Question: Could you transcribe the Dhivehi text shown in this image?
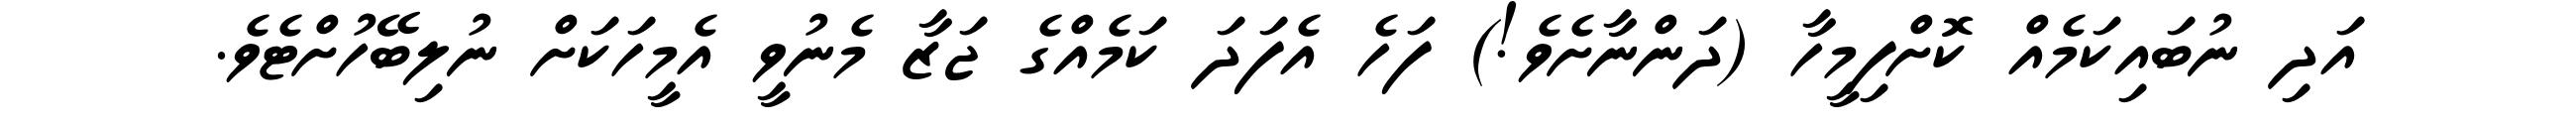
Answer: އަދި ނުބައިކަމެއް ކޮށްފިމީހާ (ދަންނާށެވެ!) ފަހެ އެފަދަ ކަމެއްގެ ޖަޒާ މެނުވީ އެމީހަކަށް ނުލިބޭހުށްޓެވެ.